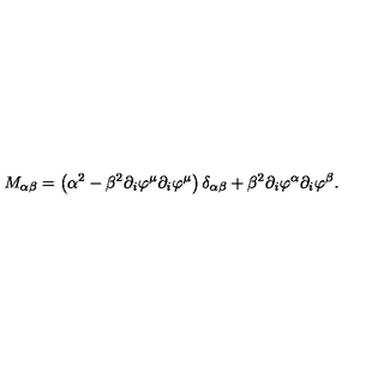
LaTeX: M _ { \alpha \beta } = \left( \alpha ^ { 2 } - \beta ^ { 2 } \partial _ { i } \varphi ^ { \mu } \partial _ { i } \varphi ^ { \mu } \right) \delta _ { \alpha \beta } + \beta ^ { 2 } \partial _ { i } \varphi ^ { \alpha } \partial _ { i } \varphi ^ { \beta } .